Document type: Acquittal of debt
Year: 1424
Scribe: Francesc de Casanoves
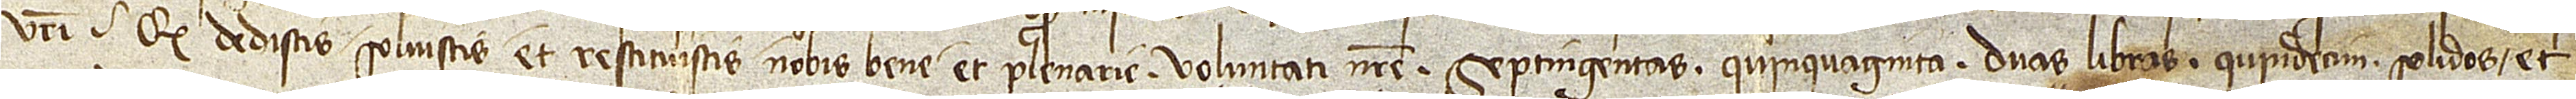
vestri, quod dedistis, solvistis et restituistis nobis bene et plenarie voluntati nostre septingentas quinquaginta duas libras, quindecim solidos et